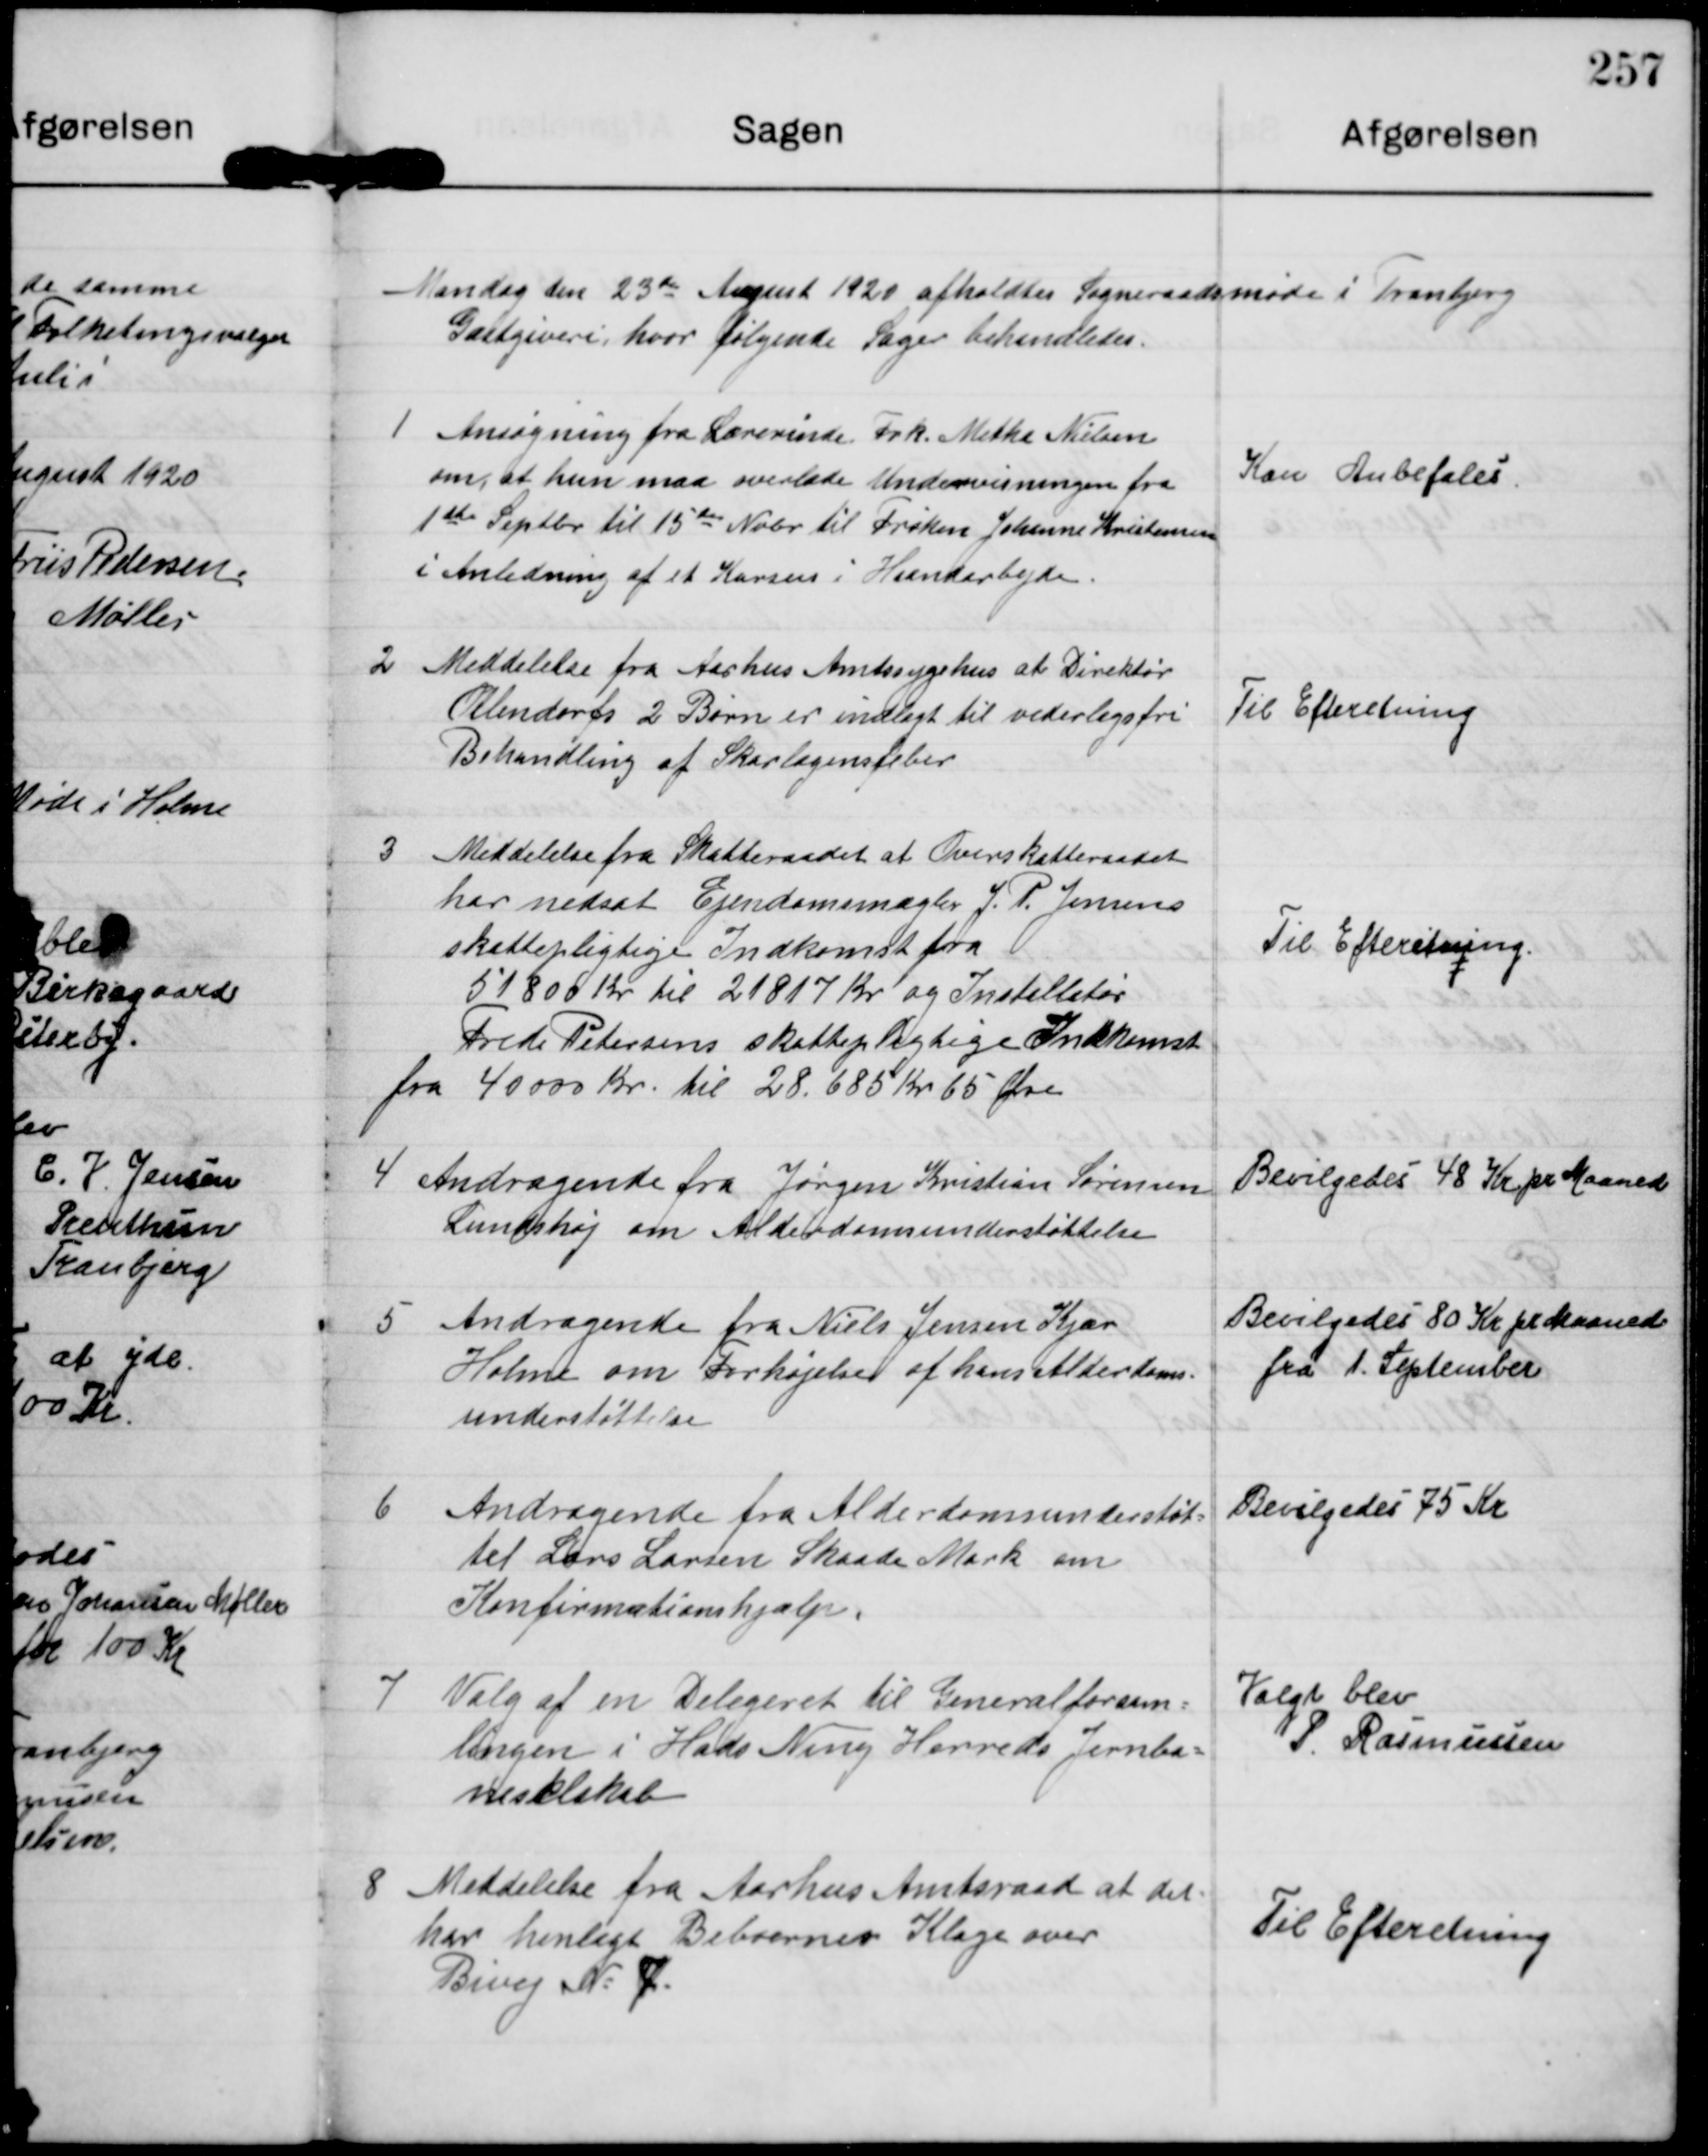
Transskription:
Mandag den 23de August 1920 afholdtes Sogneraadsmøde i Tranbjerg
Gæstgiveri, hvor følgende Sager behandledes.

1

Ansøgning fra Lærerinde Frk. Metha Nielsen
om, at hun maa overlade Undervisningen fra
1ste Septbr til 15de Nobr til Frøken Johanne Kristensen
i Anledning af et Kursus i Handarbejde

Kan Anbefales.

2

Meddelelse fra Aarhus Amtssygehus at Direktør
Olendorfs 2 Børn er indlagt til vederlagsfri
Behandling af Skarlagensfeber

Til Efteretning

3

Meddelelse fra Skatteraadet at Overskatteraadet
har nedsat Ejendomsmægler J. P. Jensens
skattepligtige Indkomst fra
51800 Kr til 21817 Kr og Installatør
Frede Petersens skattepligtige Indkomst
fra 40000 Kr til 28.685 Kr 65 Øre

Til Efterretning.

4

Andragende fra Jørgen Kristian Sørensen
Lundshøj om Alderdomsunderstøttelse

Bevilgedes 48 Kr pr Maaned

5

Andragende fra Niels Jensen Kjær
Holme om Forhøjelse af hens Alderdoms-
understøttelse

Bevilgedes 80 Kr pr Maaned
fra 1. September

6

Andragende fra Alderdomsunderstøt-
tet Lars Larsen Skaade Mark om
Konfirmationshjælp.

Bevilgedes 75 Kr

7

Valg af en Delegeret til Generalforsam-
lingen i Hads Ning Herreds Jernba-
neselskab

Valgt blev
P. Rasmussen

8

Meddelelse fra Aarhus Amtsraad at det
har henlagt Beboernes Klage over
Bivej N. 7.

Til Efteretning